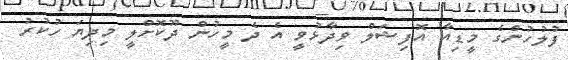
ފުލުހުންގެ މީޑިއާ އޮފިޝަލް ވިދާޅުވީ އެ ދެ މީހުން ދޫކޮށްލީ މިދިޔަ ހުކުރު